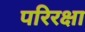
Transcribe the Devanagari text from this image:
परिरक्षा